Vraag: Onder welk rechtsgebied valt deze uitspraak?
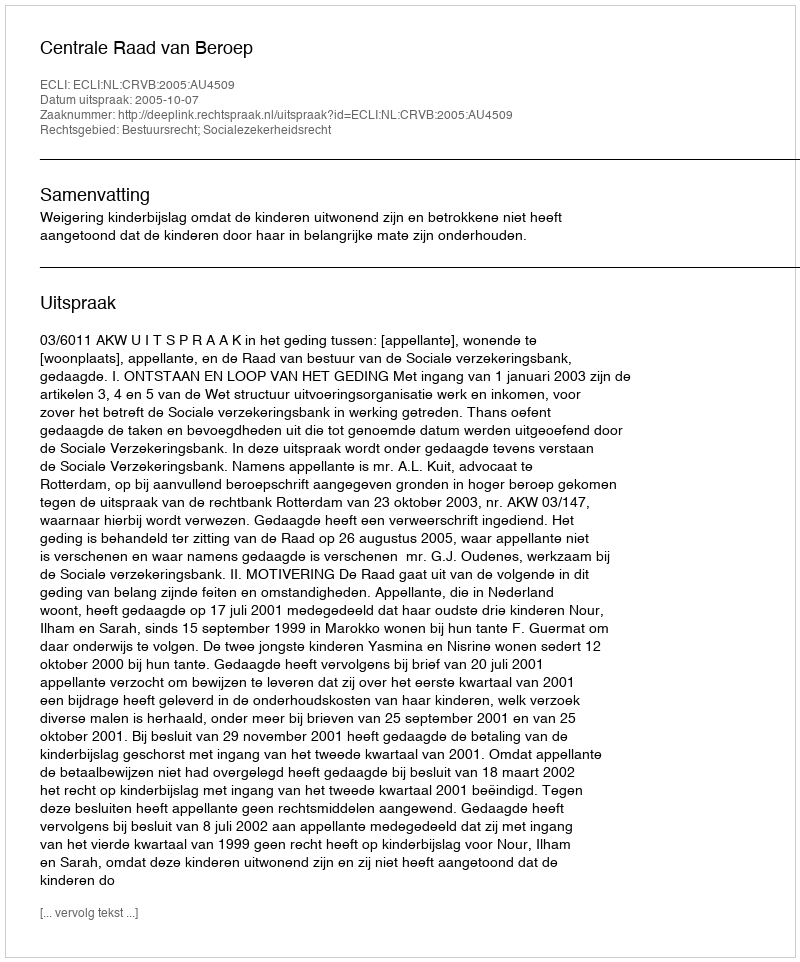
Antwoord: Bestuursrecht; Socialezekerheidsrecht